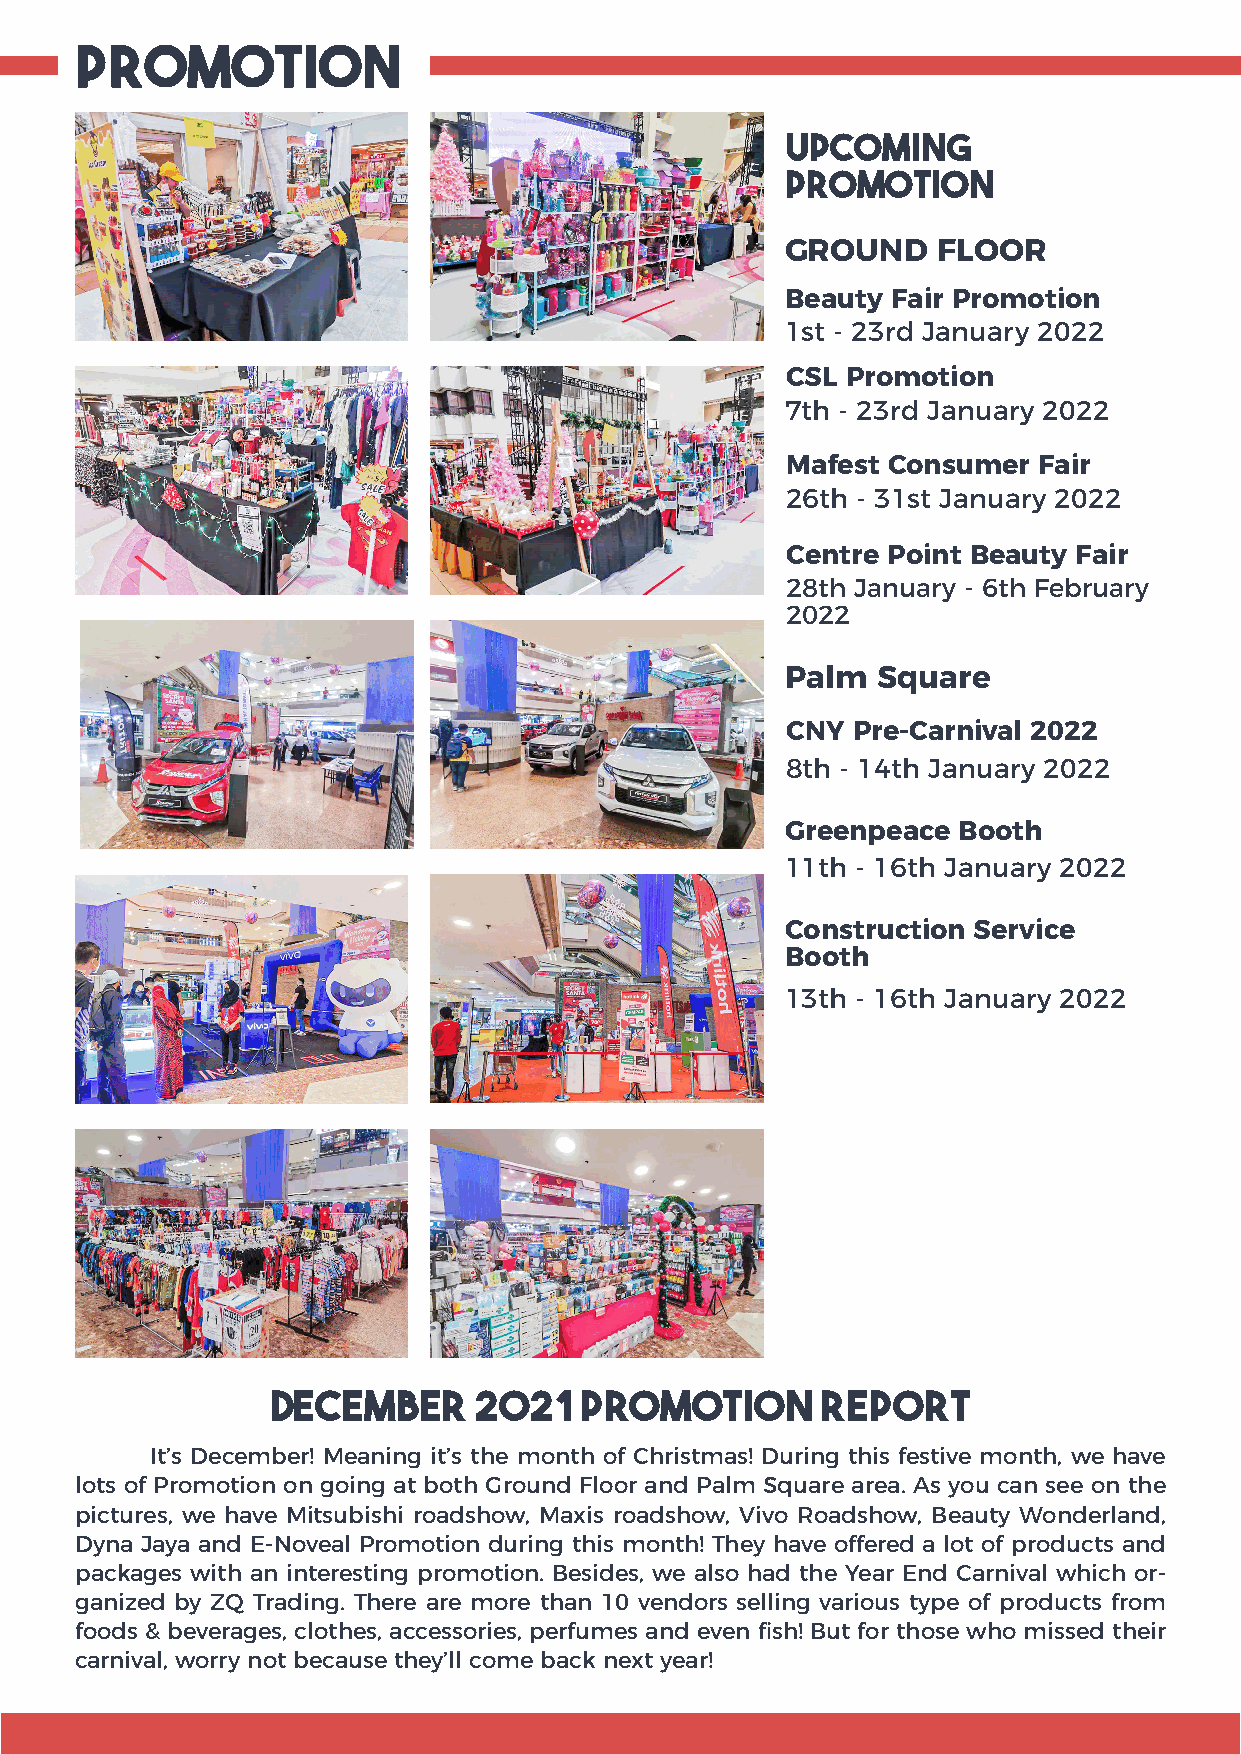
PROMOTION
 UPCOMING
 PROMOTION
 GROUND    FLOOR
 Beauty Fair Promotion
 1st - 23rd January 2022
 CSL Promotion
 7th - 23rd January 2022
 Mafest Consumer  Fair
 26th - 31st January 2022
 Centre Point Beauty Fair
 28th January - 6th February
 2022
 Palm  Square
 CNY Pre-Carnival 2022
 8th - 14th January 2022
 Greenpeace Booth
 11th - 16th January 2022
 Construction Service
 Booth
 13th - 16th January 2022
 DeCEMBER     2021   Promotion       Report
 It’s December! Meaning it’s the month of Christmas! During this festive month, we have
 lots of Promotion on going at both Ground Floor and Palm Square area. As you can see on the
 pictures, we have Mitsubishi roadshow, Maxis roadshow, Vivo Roadshow, Beauty Wonderland,
 Dyna Jaya and E-Noveal Promotion during this month! They have offered a lot of products and
 packages with an interesting promotion. Besides, we also had the Year End Carnival which or-
 ganized by ZQ Trading. There are more than 10 vendors selling various type of products from
 foods & beverages, clothes, accessories, perfumes and even fish! But for those who missed their
 carnival, worry not because they’ll come back next year!